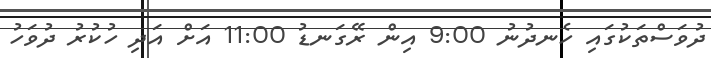
ދުވަސްތަކުގައި ހެނދުނު 9:00 އިން ރޭގަނޑު 11:00 އަށް އަދި ހުކުރު ދުވަހު